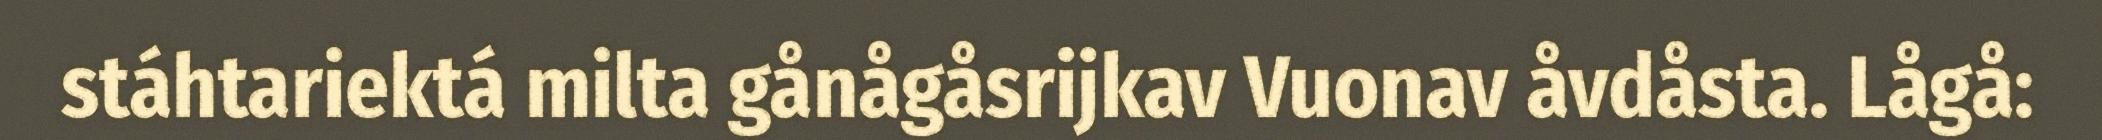
stáhtariektá milta gånågåsrijkav Vuonav åvdåsta. Lågå: